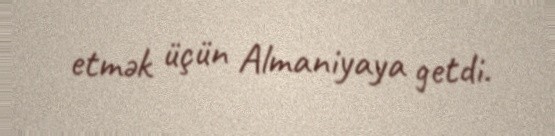
etmək üçün Almaniyaya getdi.